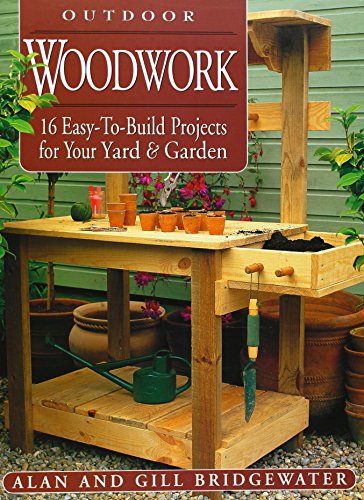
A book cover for Outdoor Woodwork: 16 Easy-To-Build Projects for Your Yard & Garden; Gill Bridgewater; Crafts, Hobbies & Home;